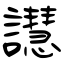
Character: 譿